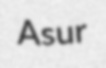
Asur